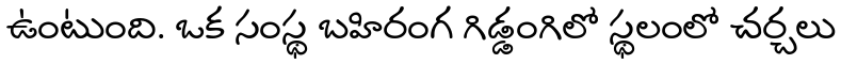
ఉంటుంది. ఒక సంస్థ బహిరంగ గిడ్డంగిలో స్థలంలో చర్చలు